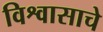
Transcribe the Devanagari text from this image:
विश्वासाचे